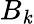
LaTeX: B_{\mathit{k}}